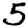
Digit: 5